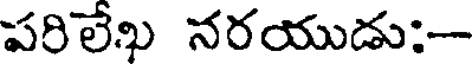
పరిలేఖ నరయుడు:-